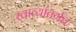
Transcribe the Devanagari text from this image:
खात्यांतर्गत